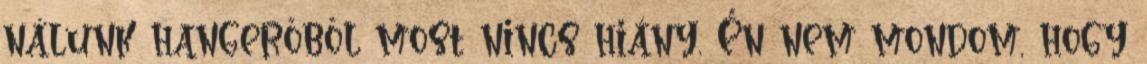
nálunk hangerőből most nincs hiány. Én nem mondom, hogy